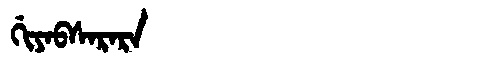
Manchu: ᡤᡳᠶᠠᠪᠰᠠᡵᠠᡵᠠ
Romanization: GIYABSARARA